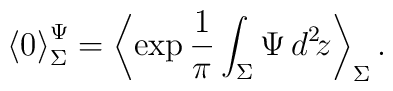
{\langle 0 \rangle}_{\Sigma}^{\Psi} =\left\langle\exp\frac{1}{\pi}\int_{\Sigma}\Psi\,d^2\!z\right\rangle_{\Sigma}.